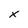
Character: x